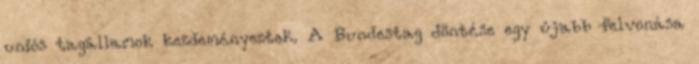
uniós tagállamok kezdeményeztek. A Bundestag döntése egy újabb felvonása